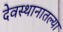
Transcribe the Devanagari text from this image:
देवस्थानातल्या